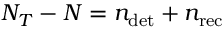
N _ { T } - N = n _ { \mathrm { d e t } } + n _ { \mathrm { r e c } }